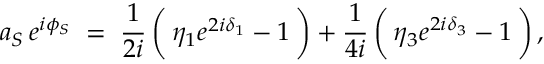
a _ { S } \, e ^ { i \phi _ { S } } \; = \; \frac { 1 } { 2 i } \, \biggl ( \, \eta _ { 1 } e ^ { 2 i \delta _ { 1 } } - 1 \, \biggr ) + \frac { 1 } { 4 i } \, \biggl ( \, \eta _ { 3 } e ^ { 2 i \delta _ { 3 } } - 1 \, \biggr ) \, ,